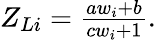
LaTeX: \begin{array}{r}{Z_{Li}=\frac{aw_{i}+b}{cw_{i}+1}.}\end{array}